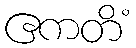
ဧကတိံ